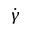
\dot { \gamma }